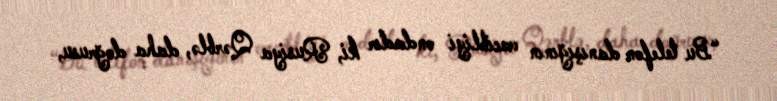
“Bu telefon danışığının vacibliyi ondadır ki, Rusiya Qərblə, daha doğrusu,